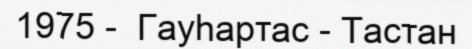
1975 -  Гауһартас - Тастан